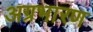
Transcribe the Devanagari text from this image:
अग्रभारण